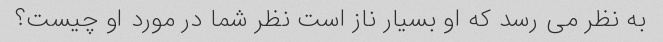
به نظر می رسد که او بسیار ناز است نظر شما در مورد او چیست؟